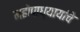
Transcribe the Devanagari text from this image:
महोपाध्यायांचे